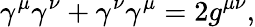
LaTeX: \gamma^{\mu}\gamma^{\nu}+\gamma^{\nu}\gamma^{\mu}=2g^{\mu\nu},